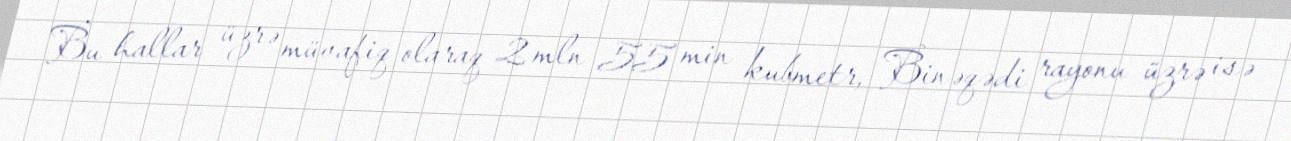
Bu hallar üzrə müvafiq olaraq 2 mln 55 min kubmetr, Binəqədi rayonu üzrə isə